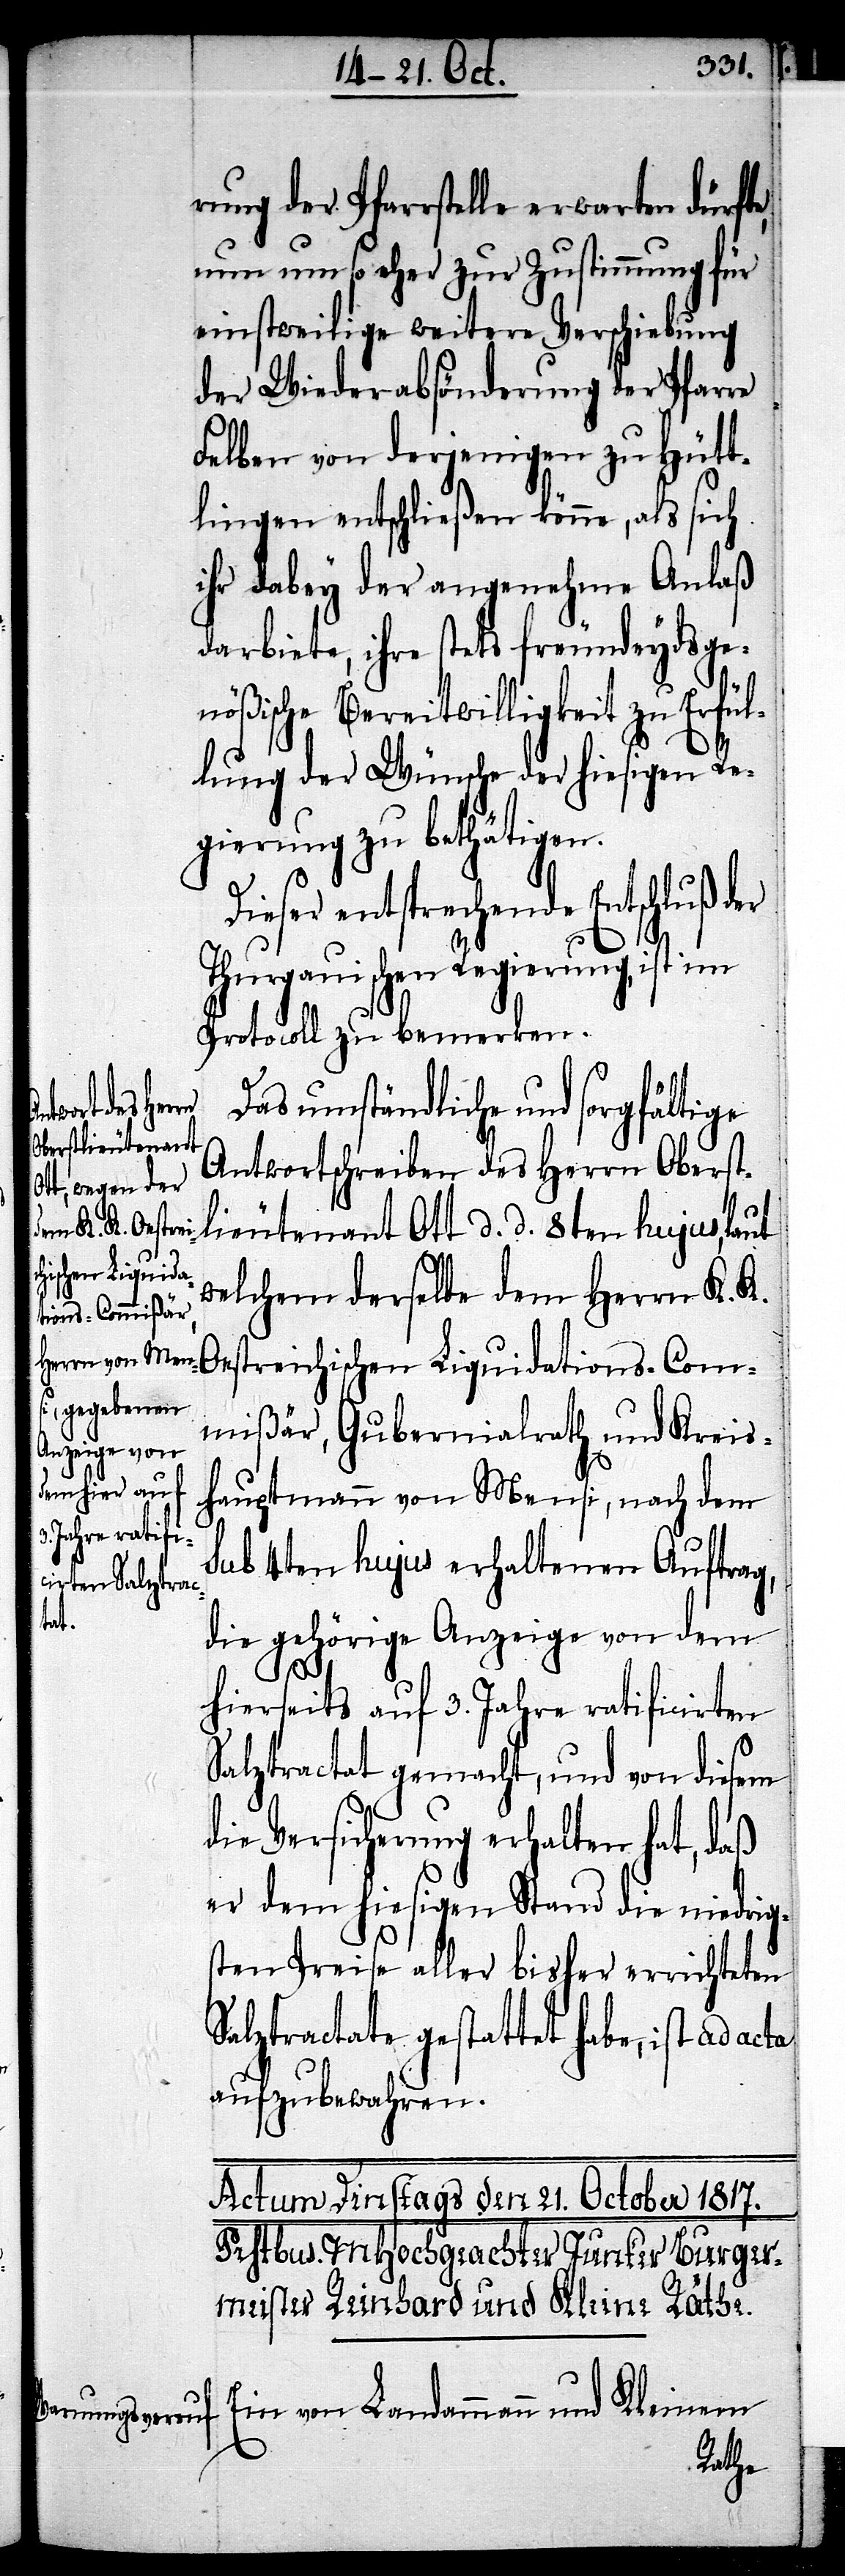
rung der Pfarrstelle erwarten dürfte,
nun um so eher zur Zustimmung für
einstweilige weitere Verschiebung
der Wiederabsonderung der Pfarre
Felben von derjenigen zu Hütt¬
lingen entschließen könne, als sich
ihr dabey der angenehme Anlaß
darbiete, ihre stets freundeydsge¬
ligkeit zu Erfül¬
lung der Wünsche der hiesigen Re¬
gierung zu bethätigen.
Dieser entsprechende
Thurgauischen Regierung, ist im
Protocoll zu bemerken.
Das umständliche und sorgfältige
Antwortschreiben des Herrn Oberst¬
lieutenant Ott d. d. 8ten hujus, laut
welchem derselbe dem Herrn K. K.
Oestreichischen Liquidations-Com¬
mißär, Gubernialrath und Kreis¬
hauptmann von Mensi, nach dem
sub 4ten hujus erhaltenen Auftrag,
die gehörige Anzeige von dem
hierseits auf 3. Jahre ratificirten
Salztractat gemacht, und von diesem
die Versicherung erhalten hat, daß
er dem hiesigen Stand die niedrig¬
sten Preise aller bisher errichteten
Salztractate gestattet habe, ist ad
aufzubewahren.
Ein von Landammann und Kleinem